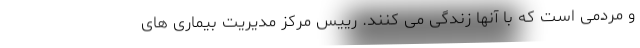
و مردمی است که با آنها زندگی می کنند. رییس مرکز مدیریت بیماری های